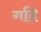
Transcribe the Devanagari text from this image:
गदि